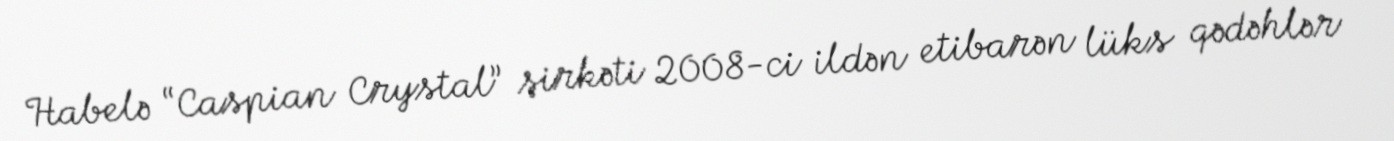
Habelə “Caspian Crystal” şirkəti 2008-ci ildən etibarən lüks qədəhlər